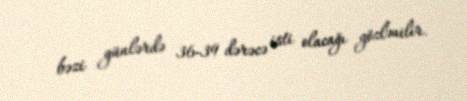
bəzi günlərdə 36-39 dərəcə isti olacağı gözlənilir.